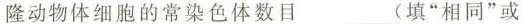
隆动物体细胞的常染色体数目___(填”相同”或